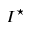
I ^ { \star }